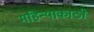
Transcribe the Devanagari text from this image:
महिन्याकाठी